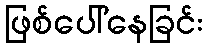
ဖြစ်ပေါ်နေခြင်း